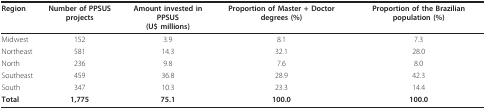
<table><thead><tr><td><b>Region</b></td><td><b>Number of PPSUS projects</b></td><td><b>Amount invested in PPSUS(U$ millions)</b></td><td><b>Proportion of Master + Doctor degrees (%)</b></td><td><b>Proportion of the Brazilian population (%)</b></td></tr></thead><tbody><tr><td>Midwest</td><td>152</td><td>3.9</td><td>8.1</td><td>7.3</td></tr><tr><td>Northeast</td><td>581</td><td>14.3</td><td>32.1</td><td>28.0</td></tr><tr><td>North</td><td>236</td><td>9.8</td><td>7.6</td><td>8.0</td></tr><tr><td>Southeast</td><td>459</td><td>36.8</td><td>28.9</td><td>42.3</td></tr><tr><td>South</td><td>347</td><td>10.3</td><td>23.3</td><td>14.4</td></tr><tr><td><b>Total</b></td><td><b>1,775</b></td><td><b>75.1</b></td><td><b>100.0</b></td><td><b>100.0</b></td></tr></tbody></table>